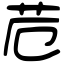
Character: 苊